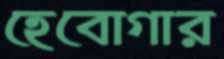
হেবোগার